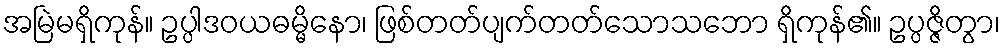
အမြဲမရှိကုန်။ ဥပ္ပါဒဝယဓမ္မိနော၊ ဖြစ်တတ်ပျက်တတ်သောသဘော ရှိကုန်၏။ ဥပ္ပဇ္ဇိတွာ၊